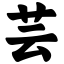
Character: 芸